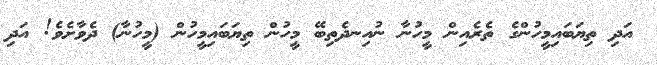
އަދި ތިޔަބައިމީހުންގެ ތެރެއިން މީހުނާ ނުއިނދެތިބޭ މީހުން ތިޔަބައިމީހުން (މީހުނާ) ދެވާށެވެ! އަދި